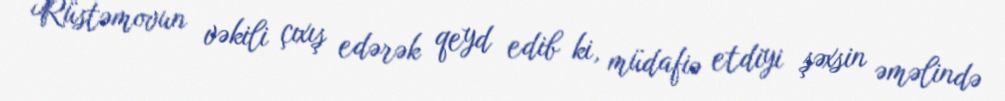
Rüstəmovun vəkili çıxış edərək qeyd edib ki, müdafiə etdiyi şəxsin əməlində